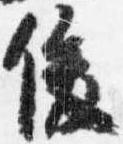
俊